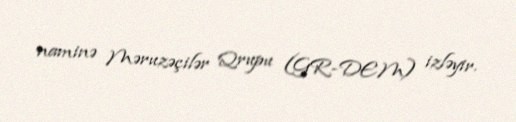
naminə Məruzəçilər Qrupu (GR-DEM) izləyir.